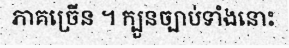
ភាគច្រើន ។ ក្បួនច្បាប់ទាំងនោះ